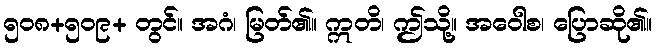
၅၀၈+၅၀၉+ တွင်။ အဂံ၊ မြတ်၏။ ဣတိ၊ ဤသို့။ အဝေါစ၊ ပြောဆို၏။